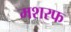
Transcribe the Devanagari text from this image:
मशरफ